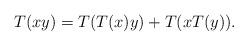
LaTeX: \begin{align*}T(xy) = T(T(x)y) + T(x T(y)).\end{align*}